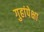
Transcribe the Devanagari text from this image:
गुहांपेक्षा